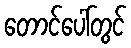
တောင်ပေါ်တွင်